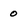
Character: 0